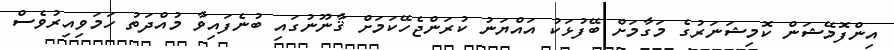
އިންފޮމޭޝަން ކޮމިޝަނަރުގެ މަގާމަށް ބޭފުޅަކު އައްޔަނު ކުރަންޖެހޭކަމަށް ޤާނޫނުގައި ބުނެފައިވާ މުއްދަތު ހަމަވިއިރުވެސް